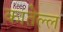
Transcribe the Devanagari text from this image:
कातेल्ल